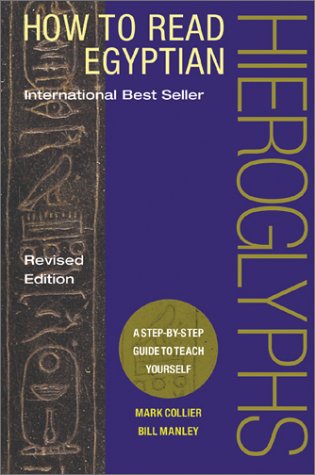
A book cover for How to Read Egyptian Hieroglyphs: A Step-by-Step Guide to Teach Yourself, Revised Edition; Mark Collier; Science & Math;